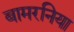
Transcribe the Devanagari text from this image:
बामरनिया